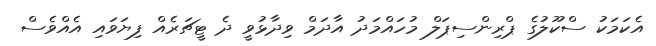
އެކަމަކު ސްކޫލުގެ ޕްރިންސިޕަލް މުހައްމަދު އާދަމް ވިދާޅުވީ ދެ ޓީޗަރެއް ފިޔަވައި އެއްވެސް